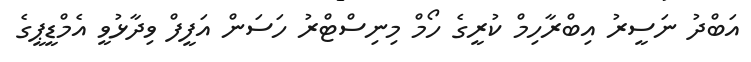
އަބްދު ނަސީރު އިބްރާހިމް ކުރީގެ ހޯމް މިނިސްޓްރު ހަސަން އަފީފް ވިދާޅުވީ އެމްޑީޕީގެ